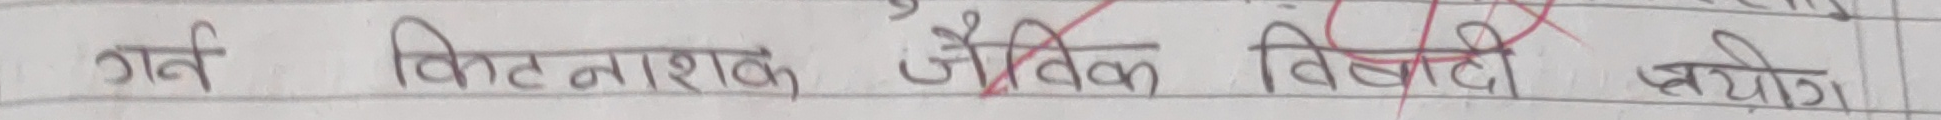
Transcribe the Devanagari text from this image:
गर्व किटनाशक जैविक विषादी प्रयोग